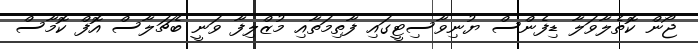
ޖޯން ކޮތެލާވަލާ ޑިފެންސް ޔުނިވާސިޓީގައި ފާތިމަތާއި މުޒްލިފާ ވަނީ ބެޗަލާސް އޮފް ކޮމާސް